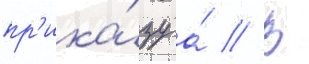
пр'ика́зу а́ // В